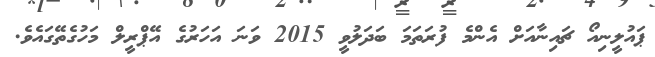
ޕައުލީނިއޯ ޗައިނާއަށް އެންމެ ފުރަތަމަ ބަދަލުވީ 2015 ވަނަ އަހަރުގެ އޭޕްރީލް މަހުގެތޭގައެވެ.